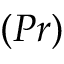
( P r )